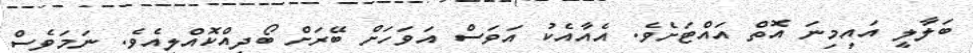
ބަލާލީ އައިމިނަ އޮތް އައްޓަށެވެ. އެއާއެކު އަވަސް އަވަހަށް ބޭރަށް ބޯދިއްކޮއްލިއެވެ. ނަމަވެސް